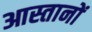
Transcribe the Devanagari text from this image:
आस्तानों